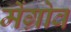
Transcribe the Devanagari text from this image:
मेंग्रोव